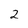
Character: 2